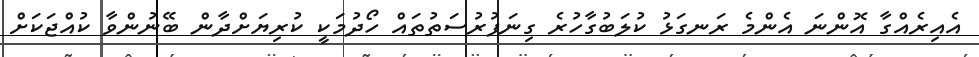
އެއިރެއްގާ އޮންނަ އެންމެ ރަނގަޅު ކުލަބުގާހުރެ ގިނަފުރުސަތުތައް ހޯދުމަކީ ކުރިޔަށްދާން ބޭނުންވާ ކުއްޖަކަށް